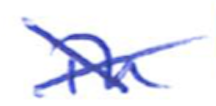
Text: in
Cross-out: cross
Writing tool: ballpoint